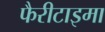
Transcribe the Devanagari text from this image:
फैरीटाइमा